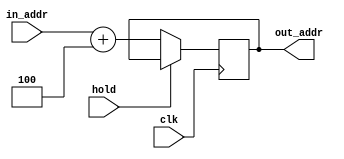
`timescale 1ns / 1ps
//////////////////////////////////////////////////////////////////////////////////
// Company: 
// Engineer: 
// 
// Design Name: 
// Module Name:    PC 
// Project Name: 
// Target Devices: 
// Tool versions: 
// Description: 
//
// Dependencies: 
//
// Revision: 
// Revision 0.01 - File Created
// Additional Comments: 
//
//////////////////////////////////////////////////////////////////////////////////
module PC(clk,in_addr,out_addr,hold);
	 
	 input clk;
	 input [31:0] in_addr;
	 input hold;
	 output reg[31:0] out_addr;
	 
		initial begin  
		  out_addr = 0;
		end

		always @(posedge clk)
		begin
				if(hold==0) begin
					out_addr <= in_addr+4;
				end
				$display("PC: Curr_addr: %d",out_addr) ;
		end
	
endmodule